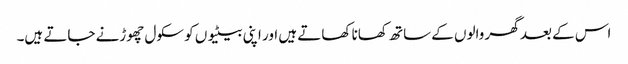
اس کے بعد گھر والوں کے ساتھ کھانا کھاتے ہیں اور اپنی بیٹیوں کو سکول چھوڑنے جاتے ہیں۔